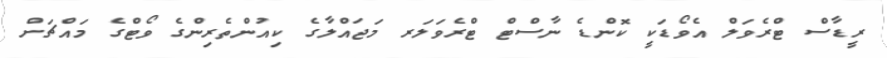
ރީޑާސް ޓްރެވަލް އެވޯޑަކީ ކޮންޑެ ނާސްޓް ޓްރެވަލަރ މަޖައްލާގެ ކިއުންތެރިންގެ ވޯޓްގެ މައްޗަށް